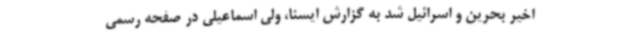
اخیر بحرین و اسرائیل شد به گزارش ایسنا، ولی اسماعیلی در صفحه رسمی